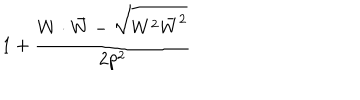
1 + { \frac { W \cdot \bar { W } - \sqrt { W ^ { 2 } \bar { W } ^ { 2 } } } { 2 p ^ { 2 } } }